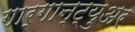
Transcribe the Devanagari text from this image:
गार्गान्ट्युअर